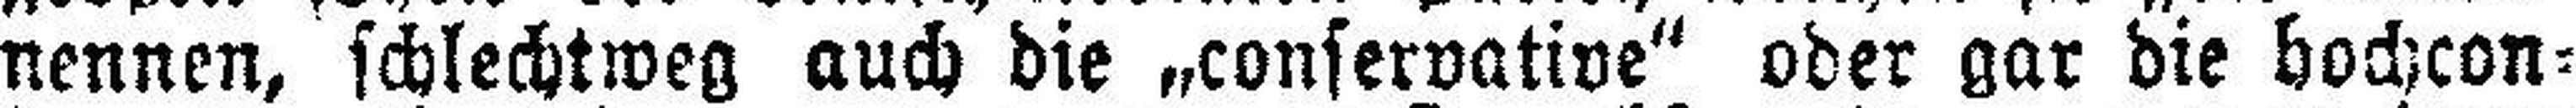
nennen, schlechtweg auch die „conservative“ oder gar die bochcon¬